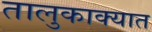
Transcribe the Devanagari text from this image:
तालुकाक्यात